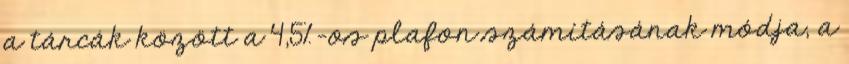
a tárcák között a 4,5%-os plafon számításának módja, a